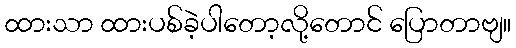
ထားသာ ထားပစ်ခဲ့ပါတော့လို့တောင် ပြောတာဗျ။